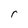
Character: r